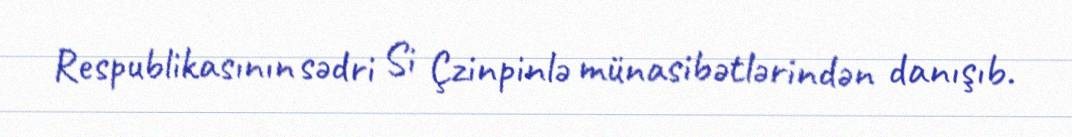
Respublikasının sədri Si Çzinpinlə münasibətlərindən danışıb.